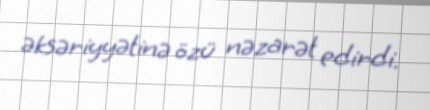
əksəriyyətinə özü nəzarət edirdi.